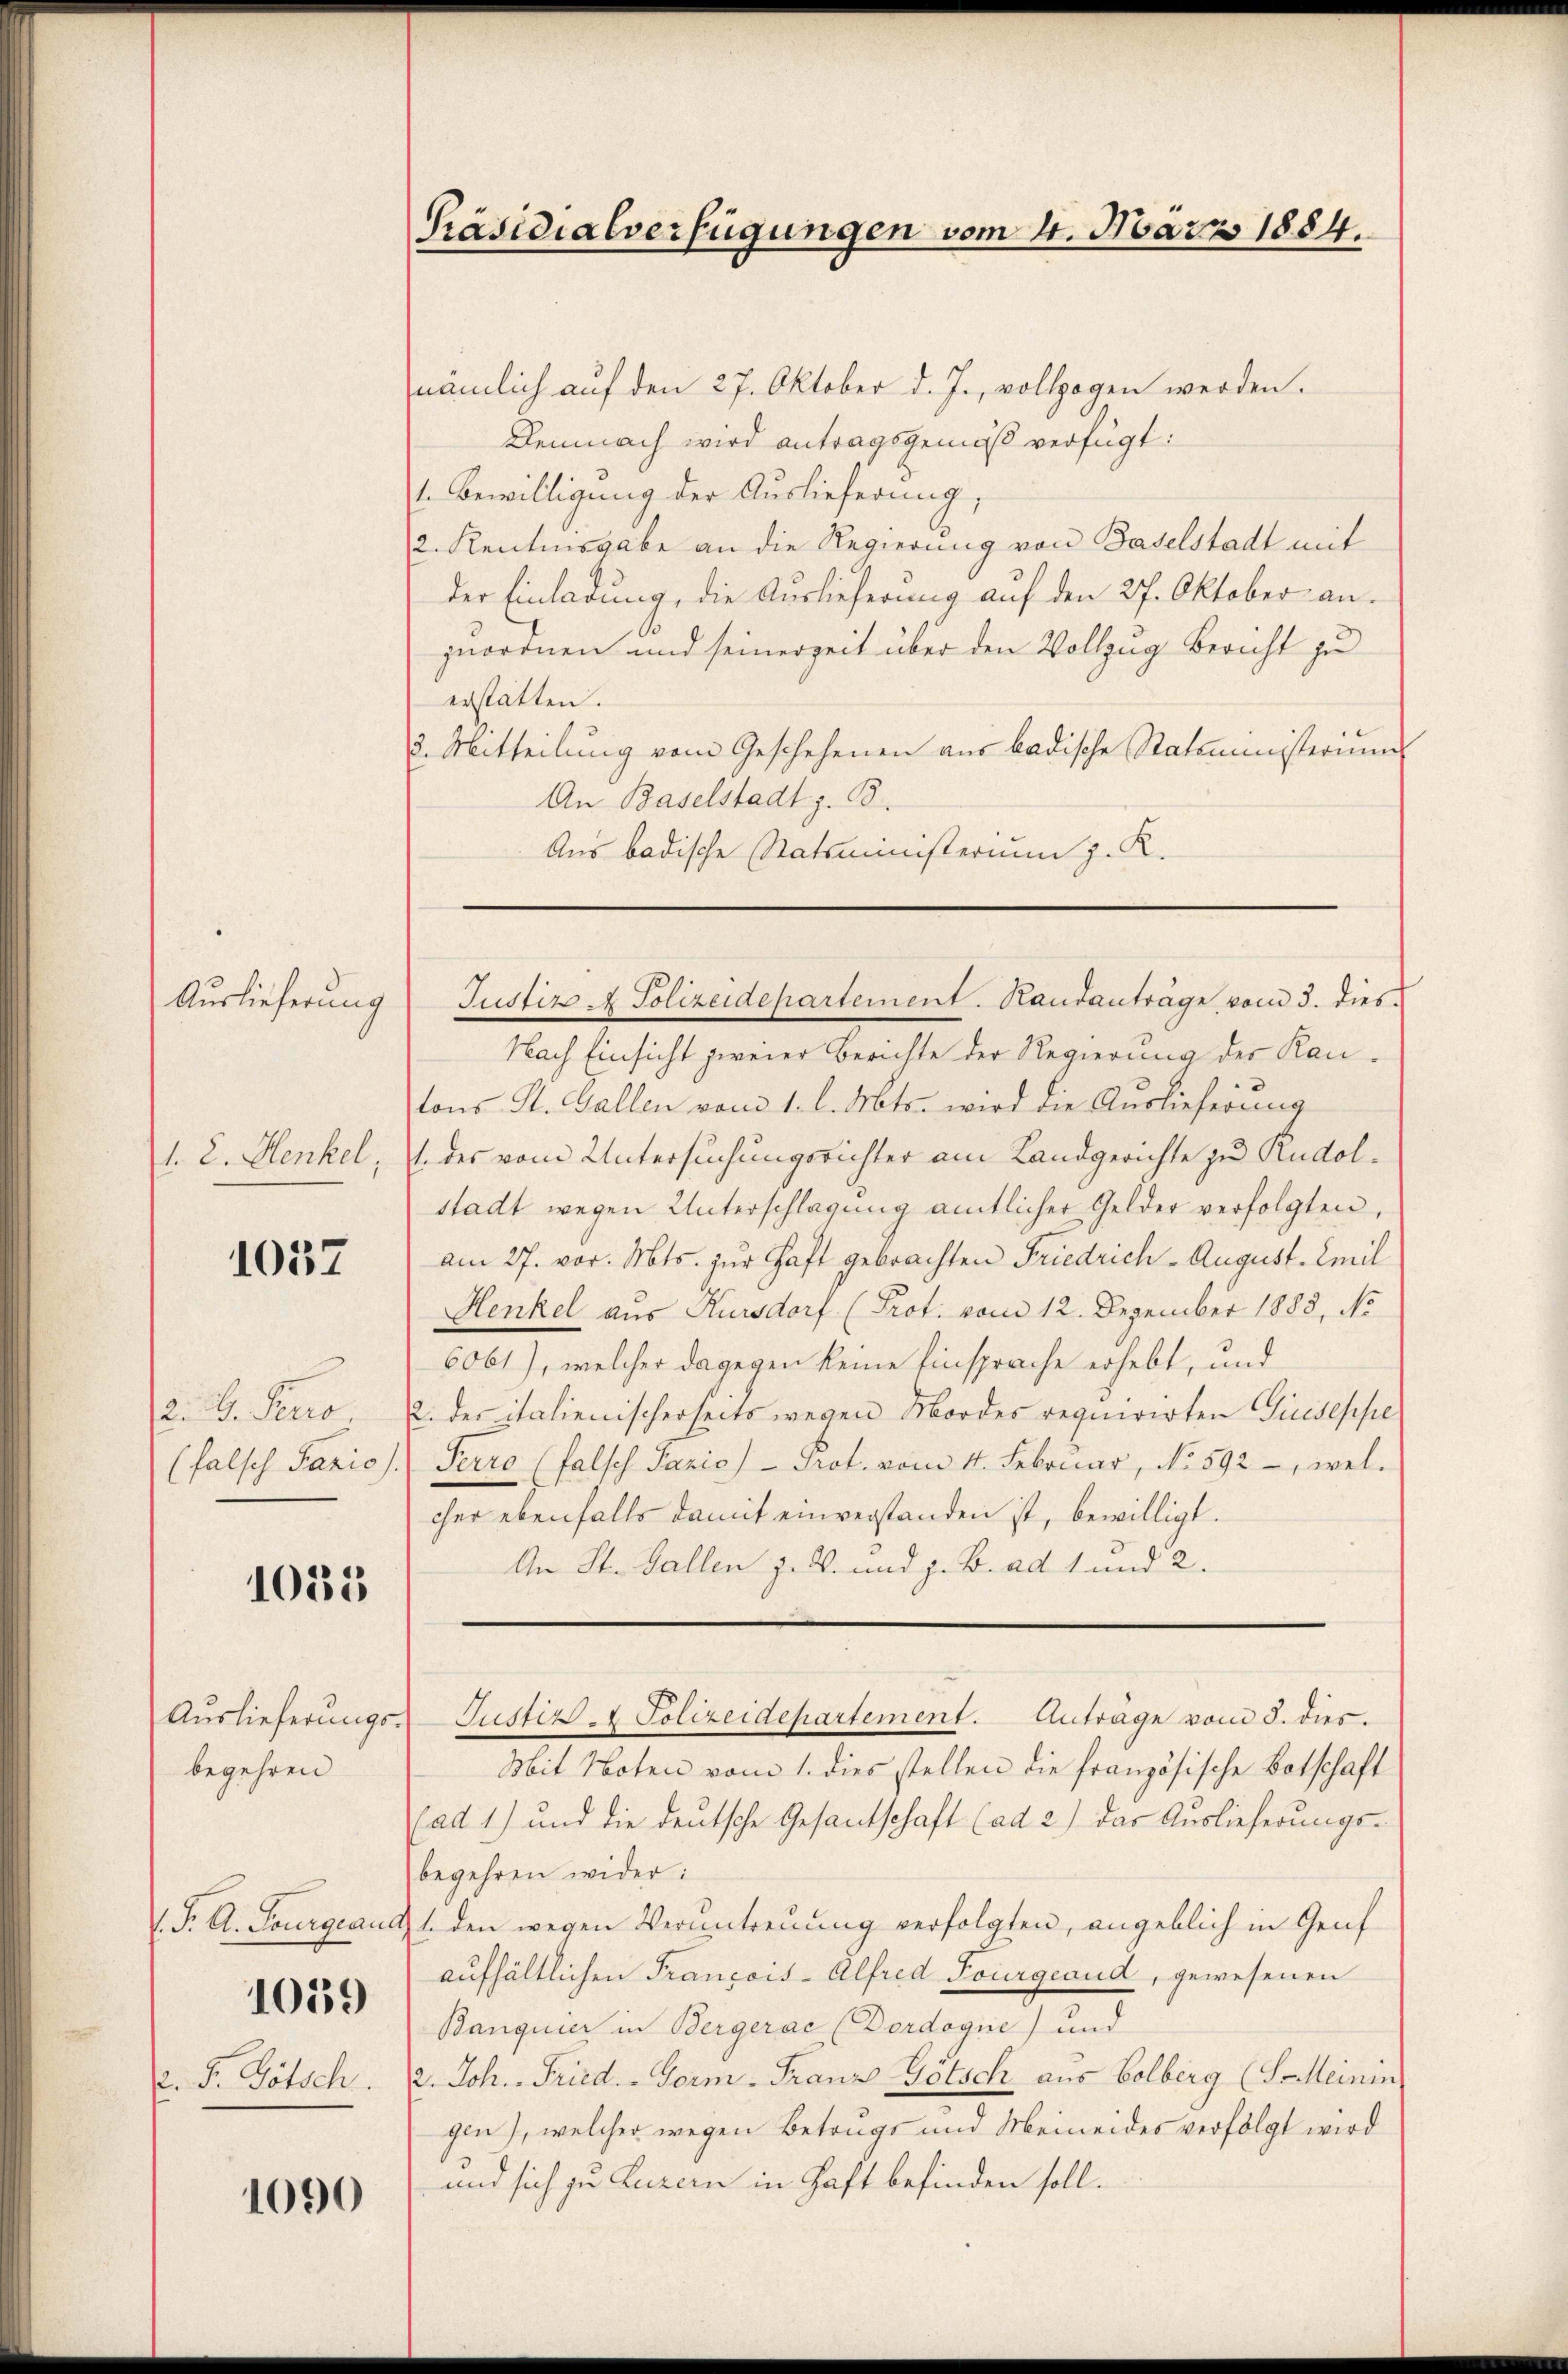
Auslieferung
1. 2. Denkel,

1037

. V. Senio
(falsch Panio).

1035

Auslieferungsbegehren

V. P. A. Tourgeaud
. F. Götsch

1059

1090

Präsidialverfügungen vom 11. März 1884.

nämlich auf den 27. Oktober d. J., vollzogen werden.
Demnach wird antragsgemäß verfügt:
1. Bewilligung der Auslieferung,
2. Rentinsgabe an die Regierung von Baselstadt mit
der Einladung, die Auslieferung auf den 27. Oktober an.
zuordnen und seinerzeit über den Vollzug Bericht zu
erstatten.
3. Mitteilung vom Geschehenen aus badische Statsministerium
An Baselstadt z. B.
Aus badische Statsministerium z. K.

Justiz - Polizeidepartement. Randanträge vom 3. dies

Nach Einsicht zweier Berichte der Regierung der Kantons St. Gallen vom 1. l. Mts. wird die Auslieferung
1 des vom Untersuchungsrichter am Landgerichte zu Rudolstadt wegen Unterschlagung amtlicher Gelder verfolgten,
am 27. vor. Mts. zur Haft gebrachten Friedrich - August. Emil
Henkel aus Kursdorf (Prot. vom 12. Dezember 1883, No
6061), welcher dagegen keine Einsprache erhebt, und
2. des italienischerseits wegen Mordes requirirten Giesesse
Perro (falsch Pazio) Prot. vom 4. Februar, No. 592 -, welcher ebenfalls damit einverstanden ist, bewilligt.
An St. Gallen J. R. und z. B. ad 1 und 2.
Justiz - Polizeidepartement. Anträge vom 8. dies.
Mit Noten vom 1. dies stellen die französische Botschaft
(ad 1) und die deutsche Gesantschaft (ad 2.) Das Auslieferungs-
begehren wider:
t den wegen Verantreuung verfolgten, angeblich in Genf
aufhältlichen François-Alfred Fourgerud, gewesenen
Banquier in Bergerac (Dordogue) und
2. Joh. Fried. - Form - Franz Götsch aus Colberg (S-Meinin
gen), welcher wegen Betrags und Meineides verfolgt wird
und sich zu Luzern in Haft befinden soll.